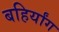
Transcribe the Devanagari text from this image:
बहिर्यांग